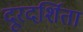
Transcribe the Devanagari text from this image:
दूरदर्शिता